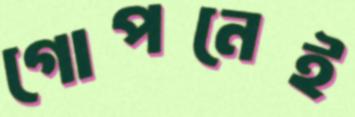
গোপনেই